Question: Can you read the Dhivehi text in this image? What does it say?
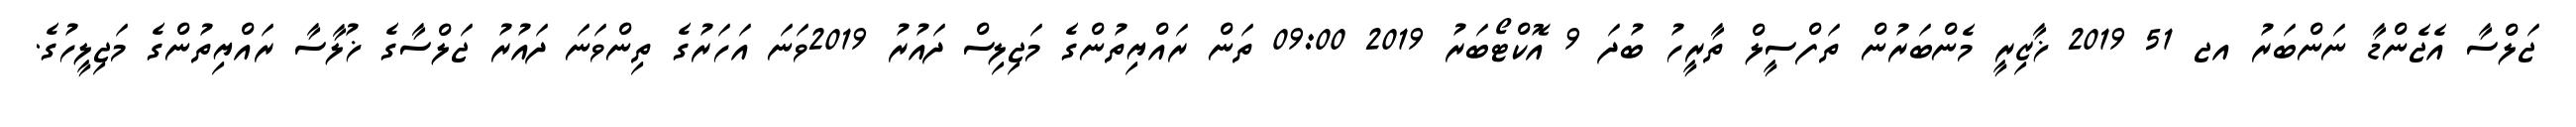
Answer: ޖަލްސާ އެޖެންޑާ ނަންބަރު އޖ 51 2019 ޚާޒިރީ މެންބަރުން ތަފްސީލް ތާރީހު ބުދަ 9 އޮކްޓޯބަރު 2019 09:00 ތަން ރައްޔިތުންގެ މަޖިލިސް ދައުރު 2019ވަނަ އަހަރުގެ ތިންވަނަ ދައުރު ޖަލްސާގެ ޚުލާސާ ރައްޔިތުންގެ މަޖިލީހުގެ.